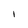
Character: l